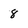
Character: 8